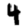
Digit: 4